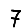
Digit: 7